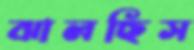
ঝালছিস